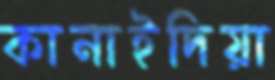
কানাইদিয়া